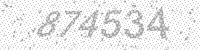
Solution: 874534